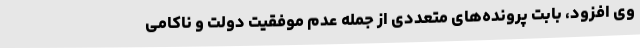
وی افزود، بابت پرونده‌های متعددی از جمله عدم موفقیت دولت و ناکامی